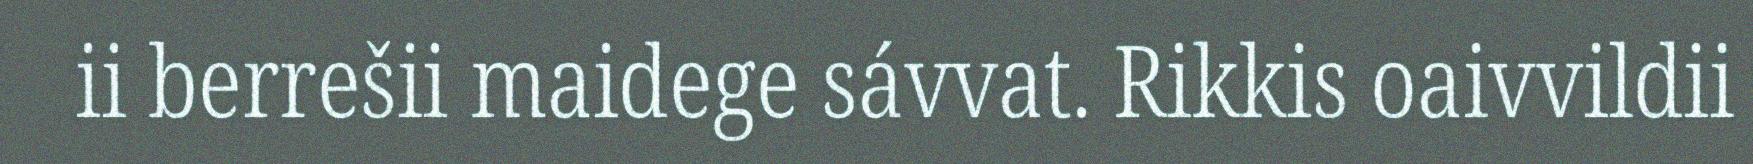
ii berrešii maidege sávvat. Rikkis oaivvildii